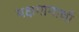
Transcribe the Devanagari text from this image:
यक्षगानाची